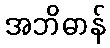
အဘိဓာန်